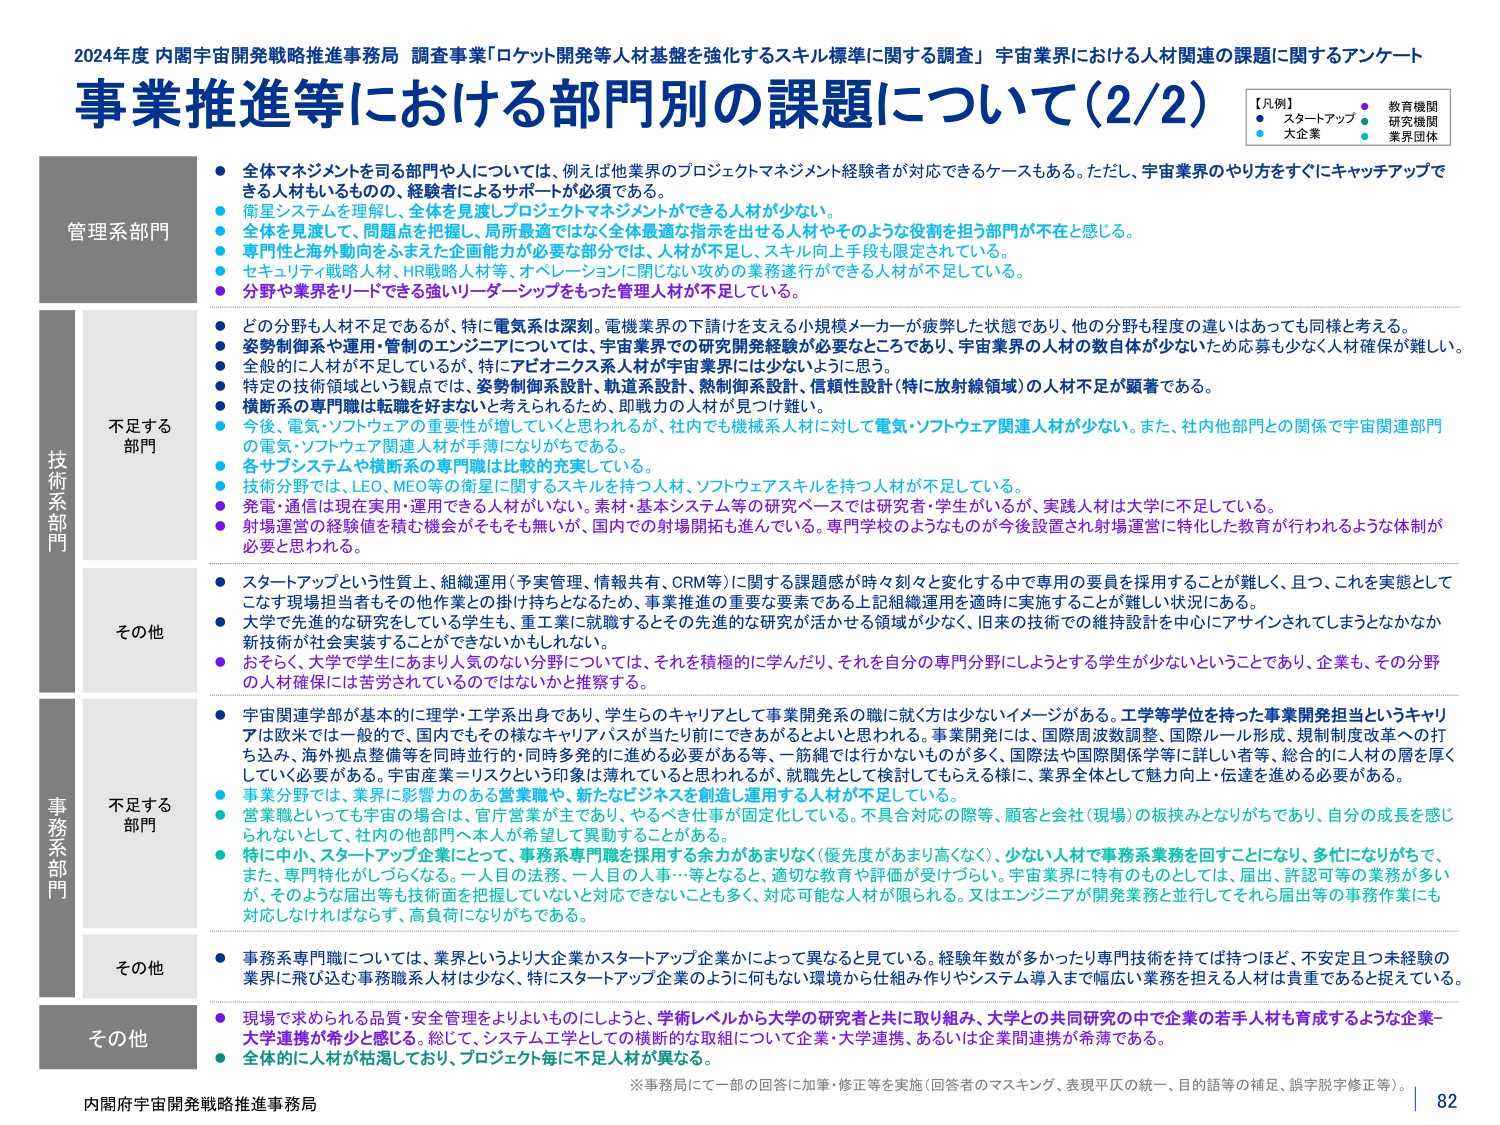
2024年度 内閣宇宙開発戦略推進事務局 調査事業「ロケット開発等人材基盤を強化するスキル標準に関する調査」 宇宙業界における人材関連の課題に関するアンケート
事業推進等における部門別の課題について（2/2）

【凡例】
● スタートアップ
● 教育機関
● 大企業
● 研究機関
● 業界団体

管理系部門
● 全体マネジメントを司る部門や人については、例えば他業界のプロジェクトマネジメント経験者が対応できるケースもある。ただし、宇宙業界のやり方をすぐにキャッチアップできる人材もいるものの、経験者によるサポートが必須である。
● 衛星システムを理解し、全体を見渡しプロジェクトマネジメントができる人材が少ない。
● 全体を見渡して、問題点を把握し、局所最適ではなく全体最適な指示を出せる人材やそのような役割を担う部門が不在と感じる。
● 専門性と海外動向をふまえた企画能力が必要な部分では、人材が不足し、スキル向上手段も限定されている。
● セキュリティ戦略人材、HR戦略人材等、オペレーションに関じない攻めの業務遂行ができる人材が不足している。
● 分野や業界をリードできる強いリーダーシップをもった管理人材が不足している。

技術系部門
不足する部門
● どの分野も人材不足であるが、特に電気系は深刻。電機業界の下請けを支える小規模メーカーが疲弊した状態であり、他の分野も程度の違いはあっても同様と考える。
● 姿勢制御系や運用・管制のエンジニアについては、宇宙業界での研究開発経験が必要なところであり、宇宙業界の人材の数自体が少ないため応募も少なく人材確保が難しい。
● 全般的に人材が不足しているが、特にアビオニクス系人材が宇宙業界には少ないように思う。
● 特定の技術領域より観点で考えると、姿勢制御系設計、軌道系設計、熱制御系設計（特に放射線領域）の人材不足が顕著である。
● 横断系の専門職は転職は好まないと考えられるため、即戦力の人材が見つけ難い。
● 今後、電気・ソフトウェアの重要性が増していくと思われるが、社内でも機械系人材に対して電気・ソフトウェア関連人材が少ない。また、社内他部門との関係で宇宙関連部門の電気・ソフトウェア関連人材が手薄になりがちである。
● 各サブシステムや横断系の専門職は比較的充実している。
● 技術分野では、LEO、MEO等の衛星に関するスキルを持つ人材、ソフトウェアスキルを持つ人材が不足している。
● 発電・通信は現在実用・運用できる人材がいない。素材・基本システム等の研究ベースでは研究者・学生がいるが、実践人材は大学に不足している。
● 射場運営の経験値を積む機会がそもそも無いか、国内での射場開拓も進んでいる。専門学校のようなものが今後設置され射場運営に特化した教育が行われるような体制が必要と思われる。

その他
● スタートアップという性質上、組織運用（予実管理、情報共有、CRM等）に関する課題感が時々刻々と変化する中で専用の要員を採用することが難しく、且つ、これを実態としてこなす現場担当者もその他作業との掛け持ちとなるため、事業推進の重要な要素である上記組織運用を適時に実施することが難しい状況にある。
● 大学で先進的な研究をしている学生も、重工業に就職するとその先進的な研究が活かせる領域が少なく、旧来の技術での維持設計を中心にアサインされてしまうとかなり新技術が社会実装することができないかもしれない。
● おそらく、大学で学生にあまり人気のない分野については、それを積極的に学んだり、それを自分の専門分野にしようとする学生が少ないということであり、企業も、その分野の人材確保には苦労されているのではないかと推察する。

事務系部門
不足する部門
● 宇宙関連学部は基本的に理学・工学系出身であり、学生らのキャリアとして事業開発系の職に就く方は少ないイメージがある。工学等学位を持った事業開発担当というキャリアは欧米では一般的で、国内でもその様なキャリアパスが当たり前になってきがるよと思われる。事業開発には、国際周波数調整、国際ルール形成、規制制度改革への打ち込み、海外拠点整備等を同時並行的・同時多発的に進める必要がある等、一筋縄では行かないものが多く、国際法や国際関係学等に詳しい者等、総合的に人材の層を厚くしていく必要がある。宇宙産業＝リスクという印象は薄れていると思われるが、就職先として検討してもらえる様に、業界全体として魅力向上・伝達を進める必要がある。
● 事業分野では、業界に影響力のある営業職や、新たなビジネスを創造し運用する人材が不足している。
● 営業職といっても宇宙の場合は、官庁営業が主であり、やるべき仕事が固定化している。不具合対応の際等、顧客と会社（現場）の板挟みとなりがちであり、自分の成長を感じられないとして、社内の他部門へ本人が希望して異動することがある。
● 特に中小、スタートアップ企業にとっては、事務系専門職を採用する余力があまりなく（優先度があまり高くなく）、少ない人材で事務系業務を回すことになり、多忙になりがちで、また、専門性がしづらくなる。一人目の法務、一人目の人事…等となると、適切な教育や評価が受けづらい。宇宙業界に特有のものとしては、届出、許認可等の業務が多いが、そのような届出等も技術面を把握していないと対応できないことも多く、対応可能な人材が限られる。又はエンジニアが開発業務と並行してそれら届出等の事務作業にも対応しなければならず、高負荷になりがちである。

その他
● 事務系専門職については、業界というより大企業かスタートアップ企業かによって異なると見ている。経験年数が多かったり専門技術を持ては持つほど、不安定且つ未経験の業界に飛び込む事務職系人材は少なく、特にスタートアップ企業のように何もない環境から仕組み作りやシステム導入まで幅広い業務を担える人材は貴重であると捉えている。

その他
● 現場で求められる品質・安全管理をよりよいものにしようと、学術レベルから大学の研究者と共に取り組み、大学との共同研究の中で企業の若手人材も育成するような企業－大学連携が希少と感じる。総じて、システム工学としての横断的な取組について企業・大学連携、あるいは企業間連携が希薄である。
● 全体的に人材が枯渇しており、プロジェクト毎に不足人材が異なる。

※事務局にて一部の回答に加筆・修正等を実施（回答者のマスキング、表現平仄の統一、目的話等の補足、誤字脱字修正等）。
内閣府宇宙開発戦略推進事務局
82